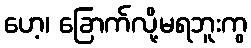
ဟေ့၊ ခြောက်လို့မရဘူးကွ